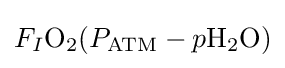
F_{I}{\ce {O2}}(P_{{\ce {ATM}}}-p{\ce {H2O}})